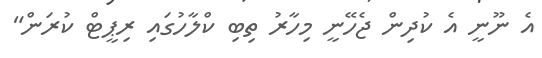
އެ ނޫނީ އެ ކުދިން ޖެހޭނީ މިހާރު ތިބި ކްލާހުގައި ރިޕީޓް ކުރަން"